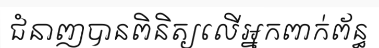
ជំនាញបានពិនិត្យលើអ្នកពាក់ព័ន្ធ